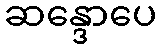
ဆန္ဒောပေ